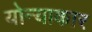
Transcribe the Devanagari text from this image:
योन्याकार